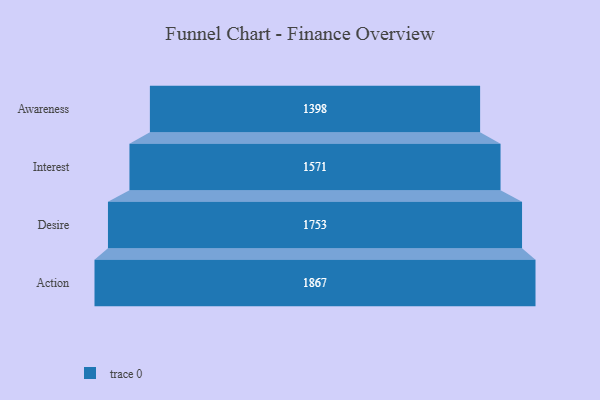
{"axis": {"x": "Stage", "y": "Value"}, "legend": [""], "data": [{"x": "Awareness", "y": 1398.0, "type": ""}, {"x": "Interest", "y": 1571.0, "type": ""}, {"x": "Desire", "y": 1753.0, "type": ""}, {"x": "Action", "y": 1867.0, "type": ""}]}